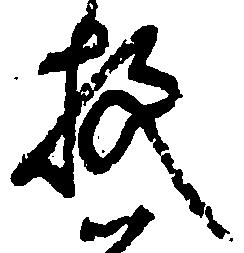
枚